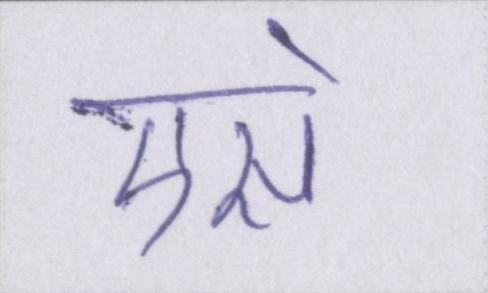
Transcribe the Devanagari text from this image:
एसे